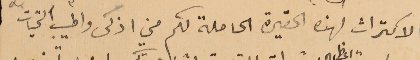
الاكتراث لهذه الحقيرة الحاملة لكم من اذكى واطيب التحيات